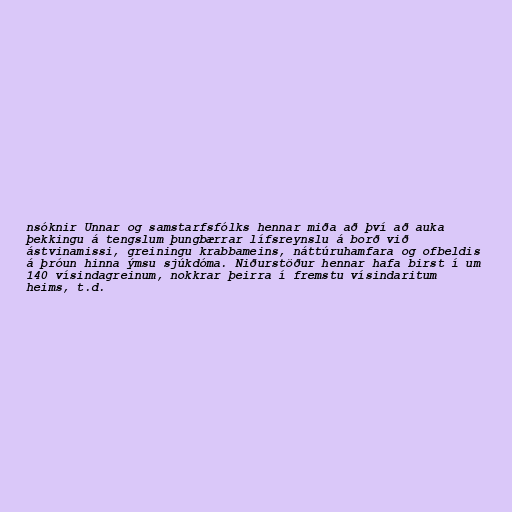
nsóknir Unnar og samstarfsfólks hennar miða að því að auka
þekkingu á tengslum þungbærrar lífsreynslu á borð við
ástvinamissi, greiningu krabbameins, náttúruhamfara og ofbeldis
á þróun hinna ýmsu sjúkdóma. Niðurstöður hennar hafa birst í um
140 vísindagreinum, nokkrar þeirra í fremstu vísindaritum
heims, t.d.